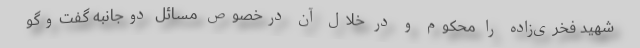
شهید فخری‌زاده را محکوم و در خلال آن درخصوص مسائل دوجانبه گفت‌وگو